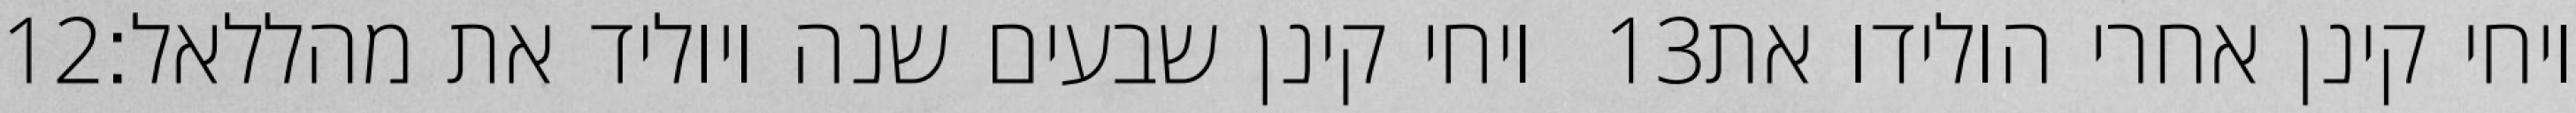
‎12‏ ויחי קינן שבעים שנה ויוליד את מהללאל׃ ‎13‏ ויחי קינן אחרי הולידו את